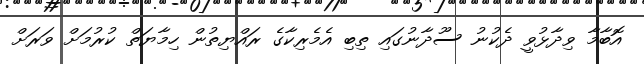
އޮބާމާ ވިދާޅުވީ ދެކުނު ސޫދާނުގައި ތިބި އެމެރިކާގެ ރައްޔިތުން ހިމާޔަތް ކުރުމަށް ވަރަށް